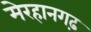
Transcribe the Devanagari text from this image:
मेरहानगढ़